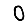
Digit: 0